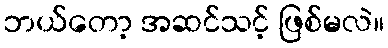
ဘယ်တော့ အဆင်သင့် ဖြစ်မလဲ။